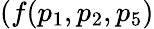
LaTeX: (f(p_{1},p_{2},p_{5})